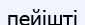
пейішті